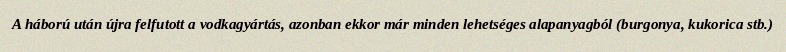
A háború után újra felfutott a vodkagyártás, azonban ekkor már minden lehetséges alapanyagból (burgonya, kukorica stb.)